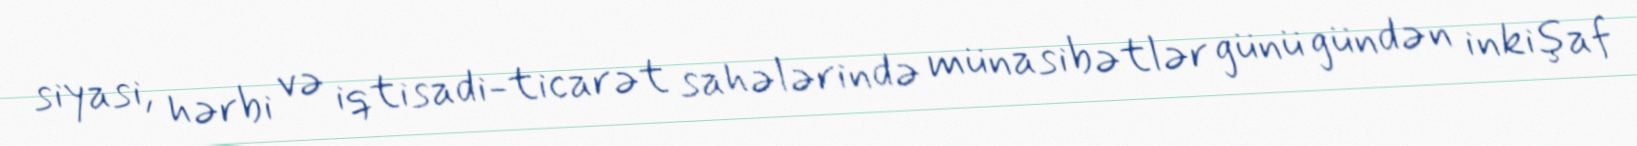
siyasi, hərbi və iqtisadi-ticarət sahələrində münasibətlər günü gündən inkişaf